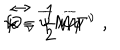
LaTeX: { \cal L } = \frac { 1 } { 2 } { \it i } \overline { { { \psi } } } { \Gamma } ^ { \nu } \hspace { - . 1 5 c m } \stackrel { \; \leftrightarrow } { \partial } _ { \! \nu } \hspace { - . 1 c m } { \psi } - \overline { { { \psi } } } M { \psi } \quad ,